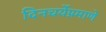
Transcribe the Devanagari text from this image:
दिनचर्येप्रमाणे